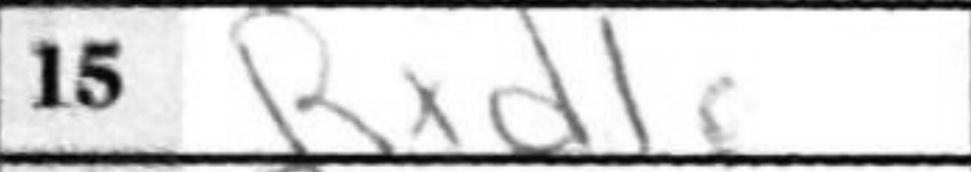
Transcription: Raxd1